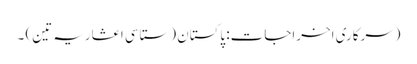
(سرکاری اخراجات: پاکستان (ستاسی اعشاریہ تین) ۔